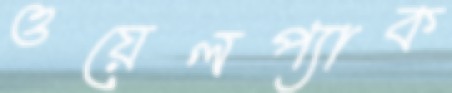
ওয়েলপ্যাক